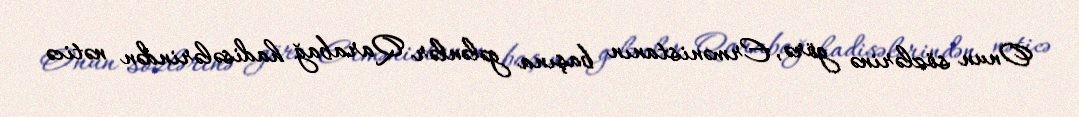
Onun sözlərinə görə, Ermənistanın başına gələnlər Qarabağ hadisələrindən nəticə